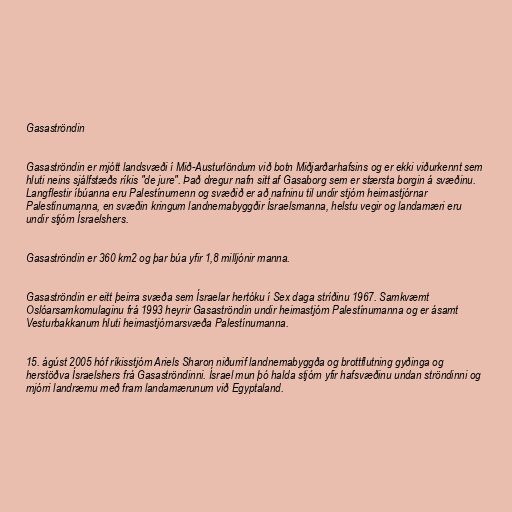
Gasaströndin

Gasaströndin er mjótt landsvæði í Mið-Austurlöndum við botn Miðjarðarhafsins og er ekki viðurkennt sem
hluti neins sjálfstæðs ríkis "de jure". Það dregur nafn sitt af Gasaborg sem er stærsta borgin á svæðinu.
Langflestir íbúanna eru Palestínumenn og svæðið er að nafninu til undir stjórn heimastjórnar
Palestínumanna, en svæðin kringum landnemabyggðir Ísraelsmanna, helstu vegir og landamæri eru
undir stjórn Ísraelshers.

Gasaströndin er 360 km2 og þar búa yfir 1,8 milljónir manna.

Gasaströndin er eitt þeirra svæða sem Ísraelar hertóku í Sex daga stríðinu 1967. Samkvæmt
Oslóarsamkomulaginu frá 1993 heyrir Gasaströndin undir heimastjórn Palestínumanna og er ásamt
Vesturbakkanum hluti heimastjórnarsvæða Palestínumanna.

15. ágúst 2005 hóf ríkisstjórn Ariels Sharon niðurrif landnemabyggða og brottflutning gyðinga og
herstöðva Ísraelshers frá Gasaströndinni. Ísrael mun þó halda stjórn yfir hafsvæðinu undan ströndinni og
mjórri landræmu með fram landamærunum við Egyptaland.